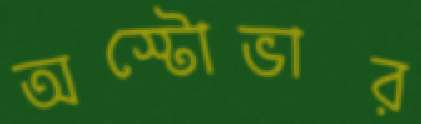
অস্টোভার